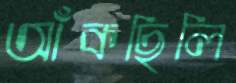
আঁকছিলি